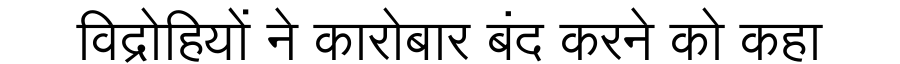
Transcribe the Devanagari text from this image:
विद्रोहियों ने कारोबार बंद करने को कहा